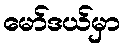
မော်ဒယ်မှာ